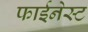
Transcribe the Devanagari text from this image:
फाईनेस्ट